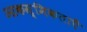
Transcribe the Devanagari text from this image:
आकस्मिकताएँ